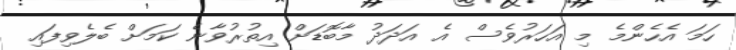
ހަމަ އެހެންމެ މި އަހަރުވެސް އެ އަދަދު މާބޮޑަށް އިތުރުވާނެ ކަމަށް ބެލެވިފައި